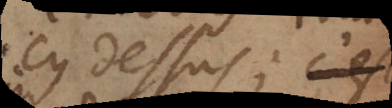
cy dessus; c’est